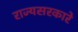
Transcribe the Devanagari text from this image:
राज्यसरकारे